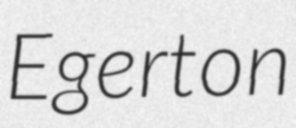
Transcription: Egerton